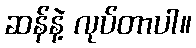
ဆန်နဲ့ လုပ်တာပါ။